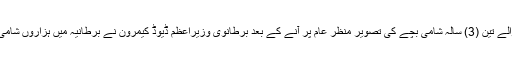
لندن: سمندر میں ڈوب کر جان بحق ہونے والے تین (3) سالہ شامی بچے کی تصویر منظر عام پر آنے کے بعد برطانوی وزیراعظم ڈیوڈ کیمرون نے برطانیہ میں ہزاروں شامی پناہ گزینوں کو پناہ دینے کا اعلان کیا ہے۔